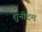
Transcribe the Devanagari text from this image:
शुनीदम